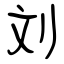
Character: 刘